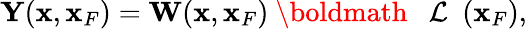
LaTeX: \begin{array}{r}{{\mathbf Y}({\mathbf x},{\mathbf x}_{F})={\mathbf W}({\mathbf x},{\mathbf x}_{F}){{{{\mathrm{~\boldmath~{~\cal~L~}~}}}}}({\mathbf x}_{F}),}\end{array}